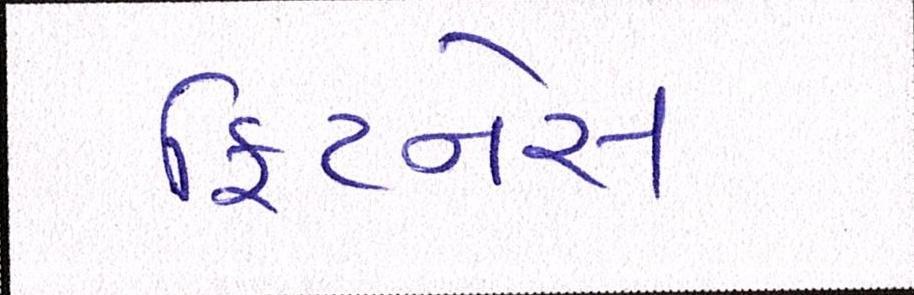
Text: ફિટનેસ